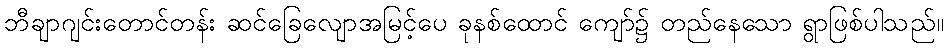
ဘီချာဂျင်းတောင်တန်း ဆင်ခြေလျောအမြင့်ပေ ခုနစ်ထောင် ကျော်၌ တည်နေသော ရွာဖြစ်ပါသည်။